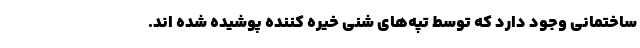
ساختمانی وجود دارد که توسط تپه‌های شنی خیره کننده پوشیده شده اند.